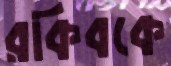
রকিবকে